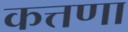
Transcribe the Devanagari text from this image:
कत्तणा